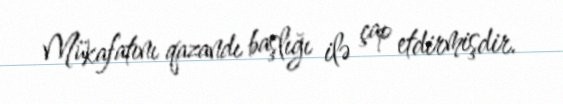
Mükafatını qazandı başlığı ilə çap etdirmişdir.